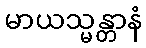
မာယသ္မန္တာနံ